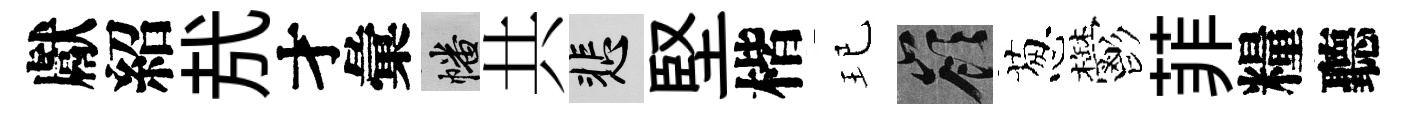
獻紹㢤才彙幡共悲堅楷玘嶺葱鬱菲糧聽